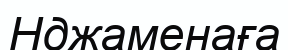
Нджаменаға